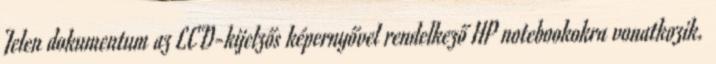
Jelen dokumentum az LCD-kijelzős képernyővel rendelkező HP notebookokra vonatkozik.